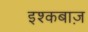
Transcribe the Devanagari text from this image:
इश्कबाज़